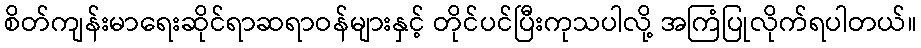
စိတ်ကျန်းမာရေးဆိုင်ရာဆရာဝန်များနှင့် တိုင်ပင်ပြီးကုသပါလို့ အကြံပြုလိုက်ရပါတယ်။